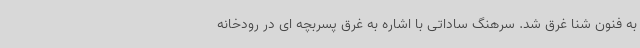
به فنون شنا غرق شد. سرهنگ ساداتی با اشاره به غرق پسربچه ای در رودخانه